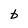
Character: b